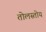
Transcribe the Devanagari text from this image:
तोलस्तोय